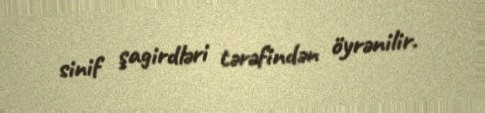
sinif şagirdləri tərəfindən öyrənilir.